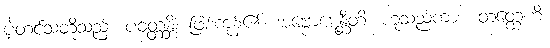
ပဲ့တင်သံတို့သည်။ ပဝတ္တန္တိ၊ ဖြစ်ကုန်၏။ အဗ္ဗောဋေန္တီတိ၊ ဟူသည်ကား။ တတ္ထေဟိ၊